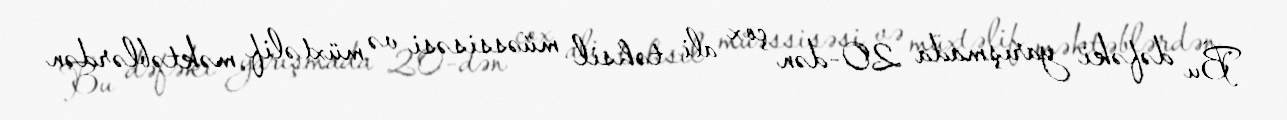
Bu dəfəki yarışmada 20-dən çox ali təhsil müəssisəsi və müxtəlif məktəblərdən